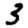
Digit: 3